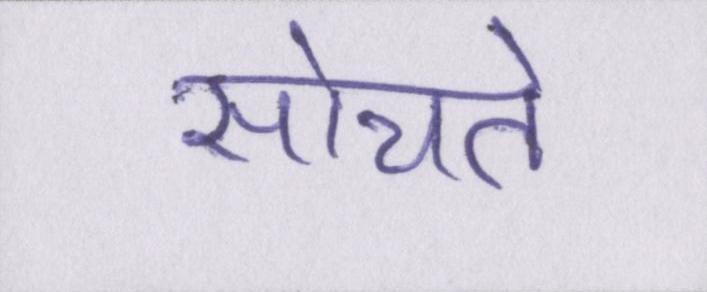
सोचते